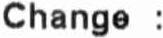
CHANGE :